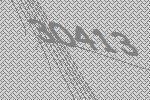
30413